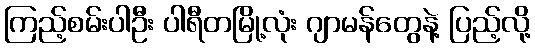
ကြည့်စမ်းပါဦး ပါရီတမြို့လုံး ဂျာမန်တွေနဲ့ ပြည့်လို့